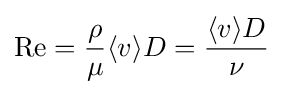
\mathrm {Re} ={\frac {\rho }{\mu }}\langle v\rangle D={\frac {\langle v\rangle D}{\nu }}